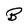
Character: B